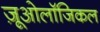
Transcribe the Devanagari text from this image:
ज़ूओलॉजिकल